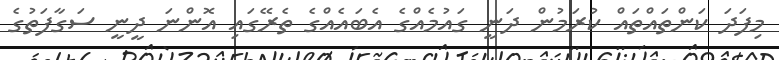
މިފަދަ ކަންތައްތައް ކުރަމުން ދަނީ ގައުމެއްގެ އެބައެއްގެ ތެރޭގައި އޮންނަ ދީނީ ސަގާފަތުގެ